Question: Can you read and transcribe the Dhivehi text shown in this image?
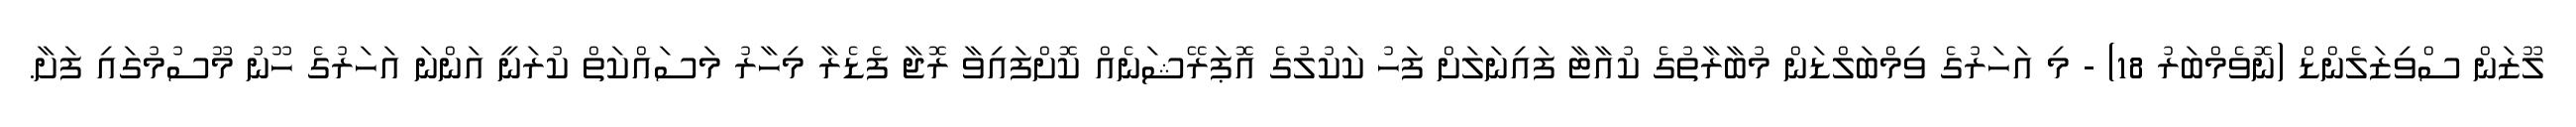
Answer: ލޫޒަން ސްވިޒަލެންޑް (ނޮވެމްބަރު 18) - މި އަހަރުގެ ވިމްބަލްޑަން މުބާރާތުގެ ކުއާޓާ ފައިނަލަށް ފަހު ކަކުލުގެ އޮޕަރޭޝަނެއް ކޮށްފައިވާ ރޮޖާ ފެޑެރާ މިހާރު މަސައްކަތް ކުރަނީ އަންނަ އަހަރުގެ ހޫނު މޫސުމުގައި ފަށާ.